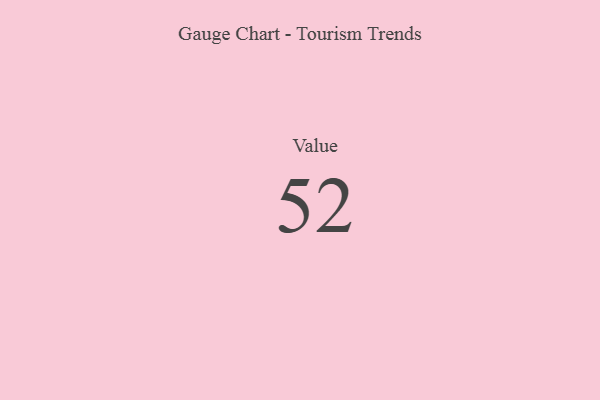
{"axis": {"x": "Metric", "y": "Value"}, "legend": [""], "data": [{"x": "Value", "y": 52, "type": ""}]}